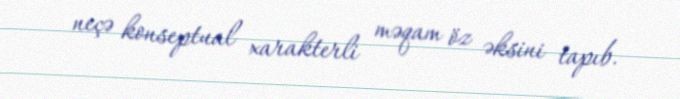
neçə konseptual xarakterli məqam öz əksini tapıb.